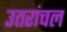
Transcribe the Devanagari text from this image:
उतरांचल